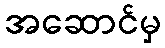
အဆောင်မှ